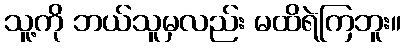
သူ့ကို ဘယ်သူမှလည်း မထိရဲကြဘူး။